Indian journal of veterinary science and animal husbandry - Volume 5,
Year: 1935
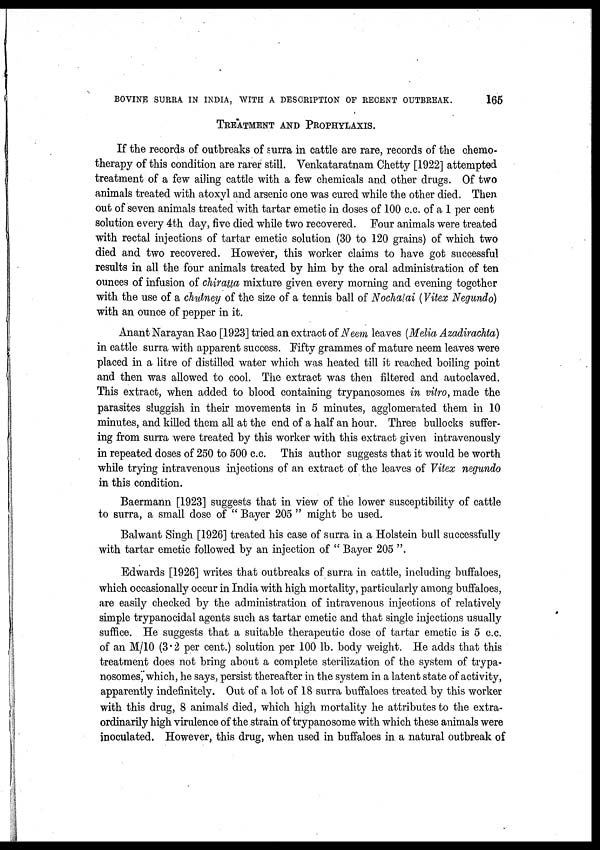
BOVINE SURRA IN INDIA, WITH A DESCRIPTION OF RECENT OUTBREAK.
165
TREATMENT AND PROPHYLAXIS.
If the records of outbreaks of surra in cattle are rare, records of the chemo-
therapy of this condition are rarer still. Venkataratnam Chetty [1922] attempted
treatment of a few ailing cattle with a few chemicals and other drugs. Of two
animals treated with atoxyl and arsenic one was cured while the other died. Then
out of seven animals treated with tartar emetic in doses of 100 c.c. of a 1 per cent
solution every 4th day, five died while two recovered. Four animals were treated
with rectal injections of tartar emetic solution (30 to 120 grains) of which two
died and two recovered. However, this worker claims to have got successful
results in all the four animals treated by him by the oral administration of ten
ounces of infusion of chiratta mixture given every morning and evening together
with the use of a chutney of the size of a tennis ball of Nochalai (Vitex Negundo)
with an ounce of pepper in it.
Anant Narayan Rao [1923] tried an extract of Neem leaves (Melia Azadirachta)
in cattle surra with apparent success. Fifty grammes of mature neem leaves were
placed in a litre of distilled water which was heated till it reached boiling point
and then was allowed to cool. The extract was then filtered and autoclaved.
This extract, when added to blood containing trypanosomes in vitro, made the
parasites sluggish in their movements in 5 minutes, agglomerated them in 10
minutes, and killed them all at the end of a half an hour. Three bullocks suffer¬
ing from surra were treated by this worker with this extract given intravenously
in repeated doses of 250 to 500 c.c. This author suggests that it would be worth
while trying intravenous injections of an extract of the leaves of Vitex negundo
in this condition.
Baermann [1923] suggests that in view of the lower susceptibility of cattle
to surra, a small dose of " Bayer 205 " might be used.
Balwant Singh [1926] treated his case of surra in a Holstein bull successfully
with tartar emetic followed by an injection of " Bayer 205 ".
Edwards [1926] writes that outbreaks of surra in cattle, including buffaloes,
which occasionally occur in India with high mortality, particularly among buffaloes,
are easily checked by the administration of intravenous injections of relatively
simple trypanocidal agents such as tartar emetic and that single injections usually
suffice. He suggests that a suitable therapeutic dose of tartar emetic is 5 c.c.
of an M/10 (3.2 per cent.) solution per 100 lb. body weight. He adds that this
treatment does not bring about a complete sterilization of the system of trypa-
nosomes, which, he says, persist thereafter in the system in a latent state of activity,
apparently indefinitely. Out of a lot of 18 surra buffaloes treated by this worker
with this drug, 8 animals died, which high mortality he attributes to the extra-
ordinarily high virulence of the strain of trypanosome with which these animals were
inoculated. However, this drug, when used in buffaloes in a natural outbreak of